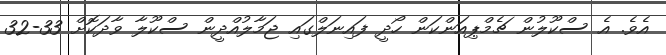
އެވެ. އެ ސްކޫލުން ޗެމްޕިއަންކަން ހޯދީ ފައިނަލްގައި ޖަމާލުއްދީން ސްކޫލާ ވާދަކޮށް 33-32